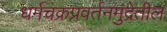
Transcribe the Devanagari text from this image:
धर्मचक्रप्रवर्तनमुद्रेतील